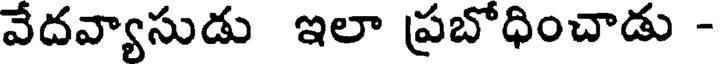
వేదవ్యాసుడు ఇలా ప్రబోధించాడు -